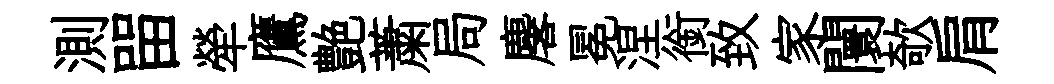
測㽞犖鷹艶䔥局麐冕涅銜致家闤欹肩